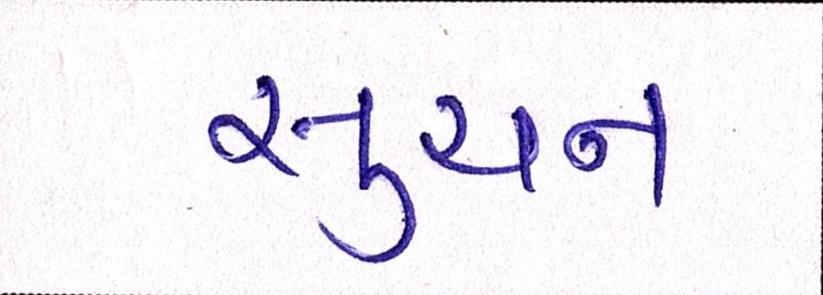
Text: સુચન